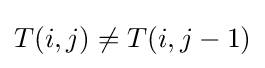
T(i,j)\neq T(i,j-1)